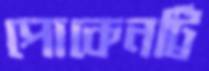
পোকেনট্রি